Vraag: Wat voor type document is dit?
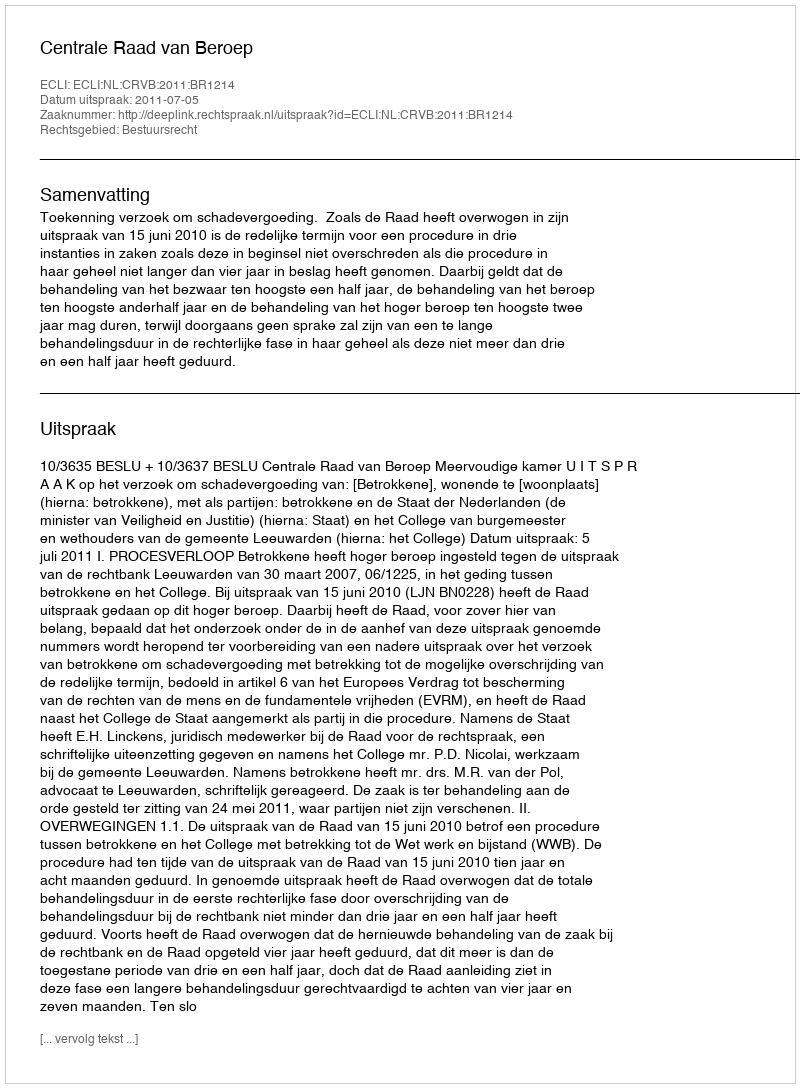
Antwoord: Uitspraak